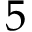
5